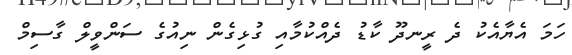
ހަމަ އެޔާއެކު ދެ ރީނދޫ ކާޑު ދެއްކުމާއި ގުޅިގެން ނިއުގެ ސަންވީލް ގާސިމް